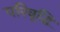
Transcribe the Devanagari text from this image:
परिवृद्धि